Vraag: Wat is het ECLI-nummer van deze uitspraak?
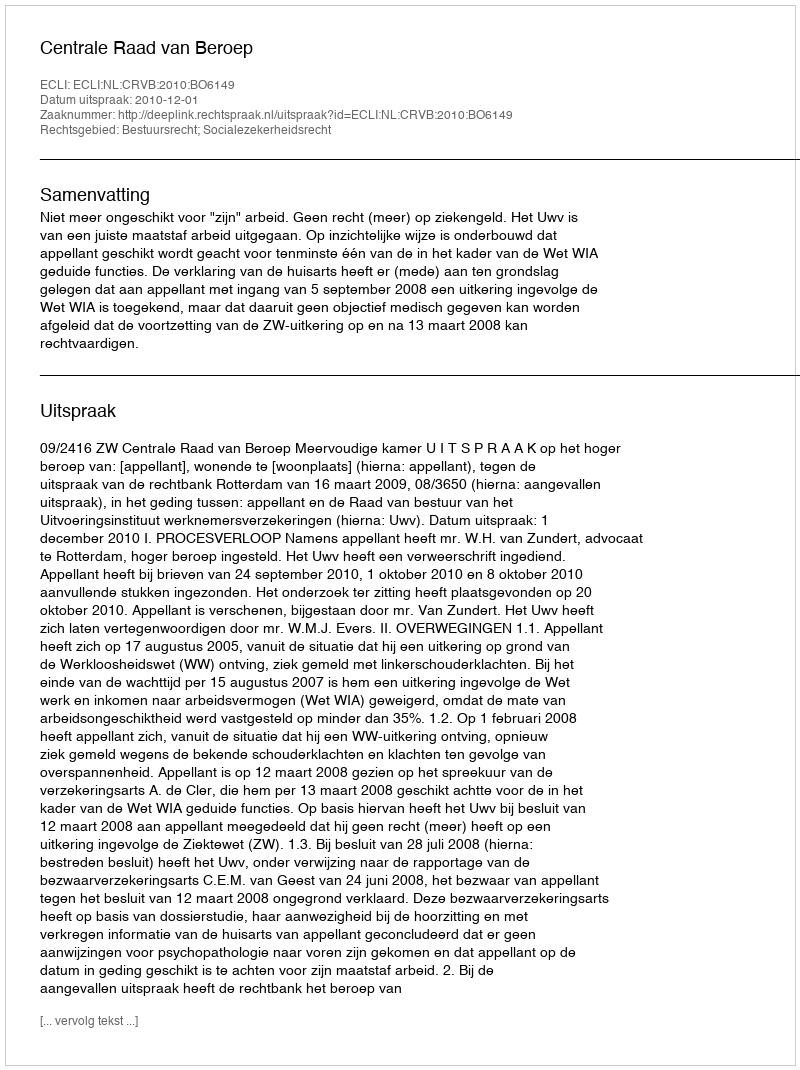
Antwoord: ECLI:NL:CRVB:2010:BO6149